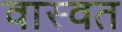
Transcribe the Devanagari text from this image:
वास्वत